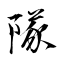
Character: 隊